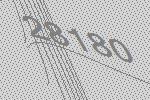
28180